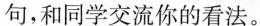
句，和同学交流你的看法。